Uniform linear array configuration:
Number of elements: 64
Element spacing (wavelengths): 0.75
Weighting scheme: uniform
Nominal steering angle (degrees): -45
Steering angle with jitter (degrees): -45.459
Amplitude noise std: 0.05
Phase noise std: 0.05

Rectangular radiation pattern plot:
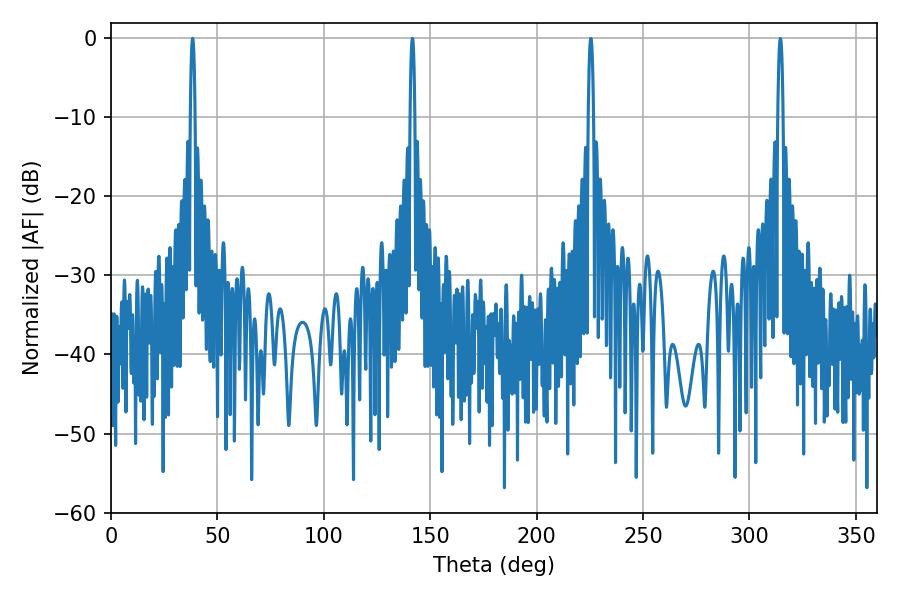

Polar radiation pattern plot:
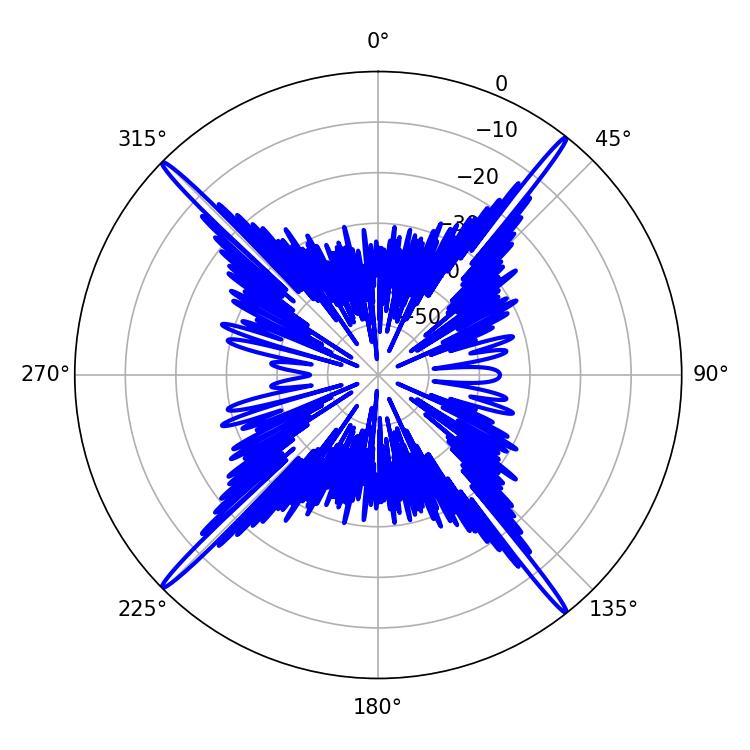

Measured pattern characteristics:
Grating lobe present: TRUE
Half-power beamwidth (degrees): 1.08
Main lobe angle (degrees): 38.34